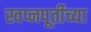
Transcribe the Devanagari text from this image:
स्वप्नपूर्तीच्या